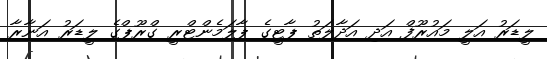
ލީޑަރު އަލީ މައުރޫފް އަދި އަދާލަތު ޕާޓީގެ ޕާލަމެންޓްރީ ގްރޫޕްގެ ލީޑަރު އަނާރާ